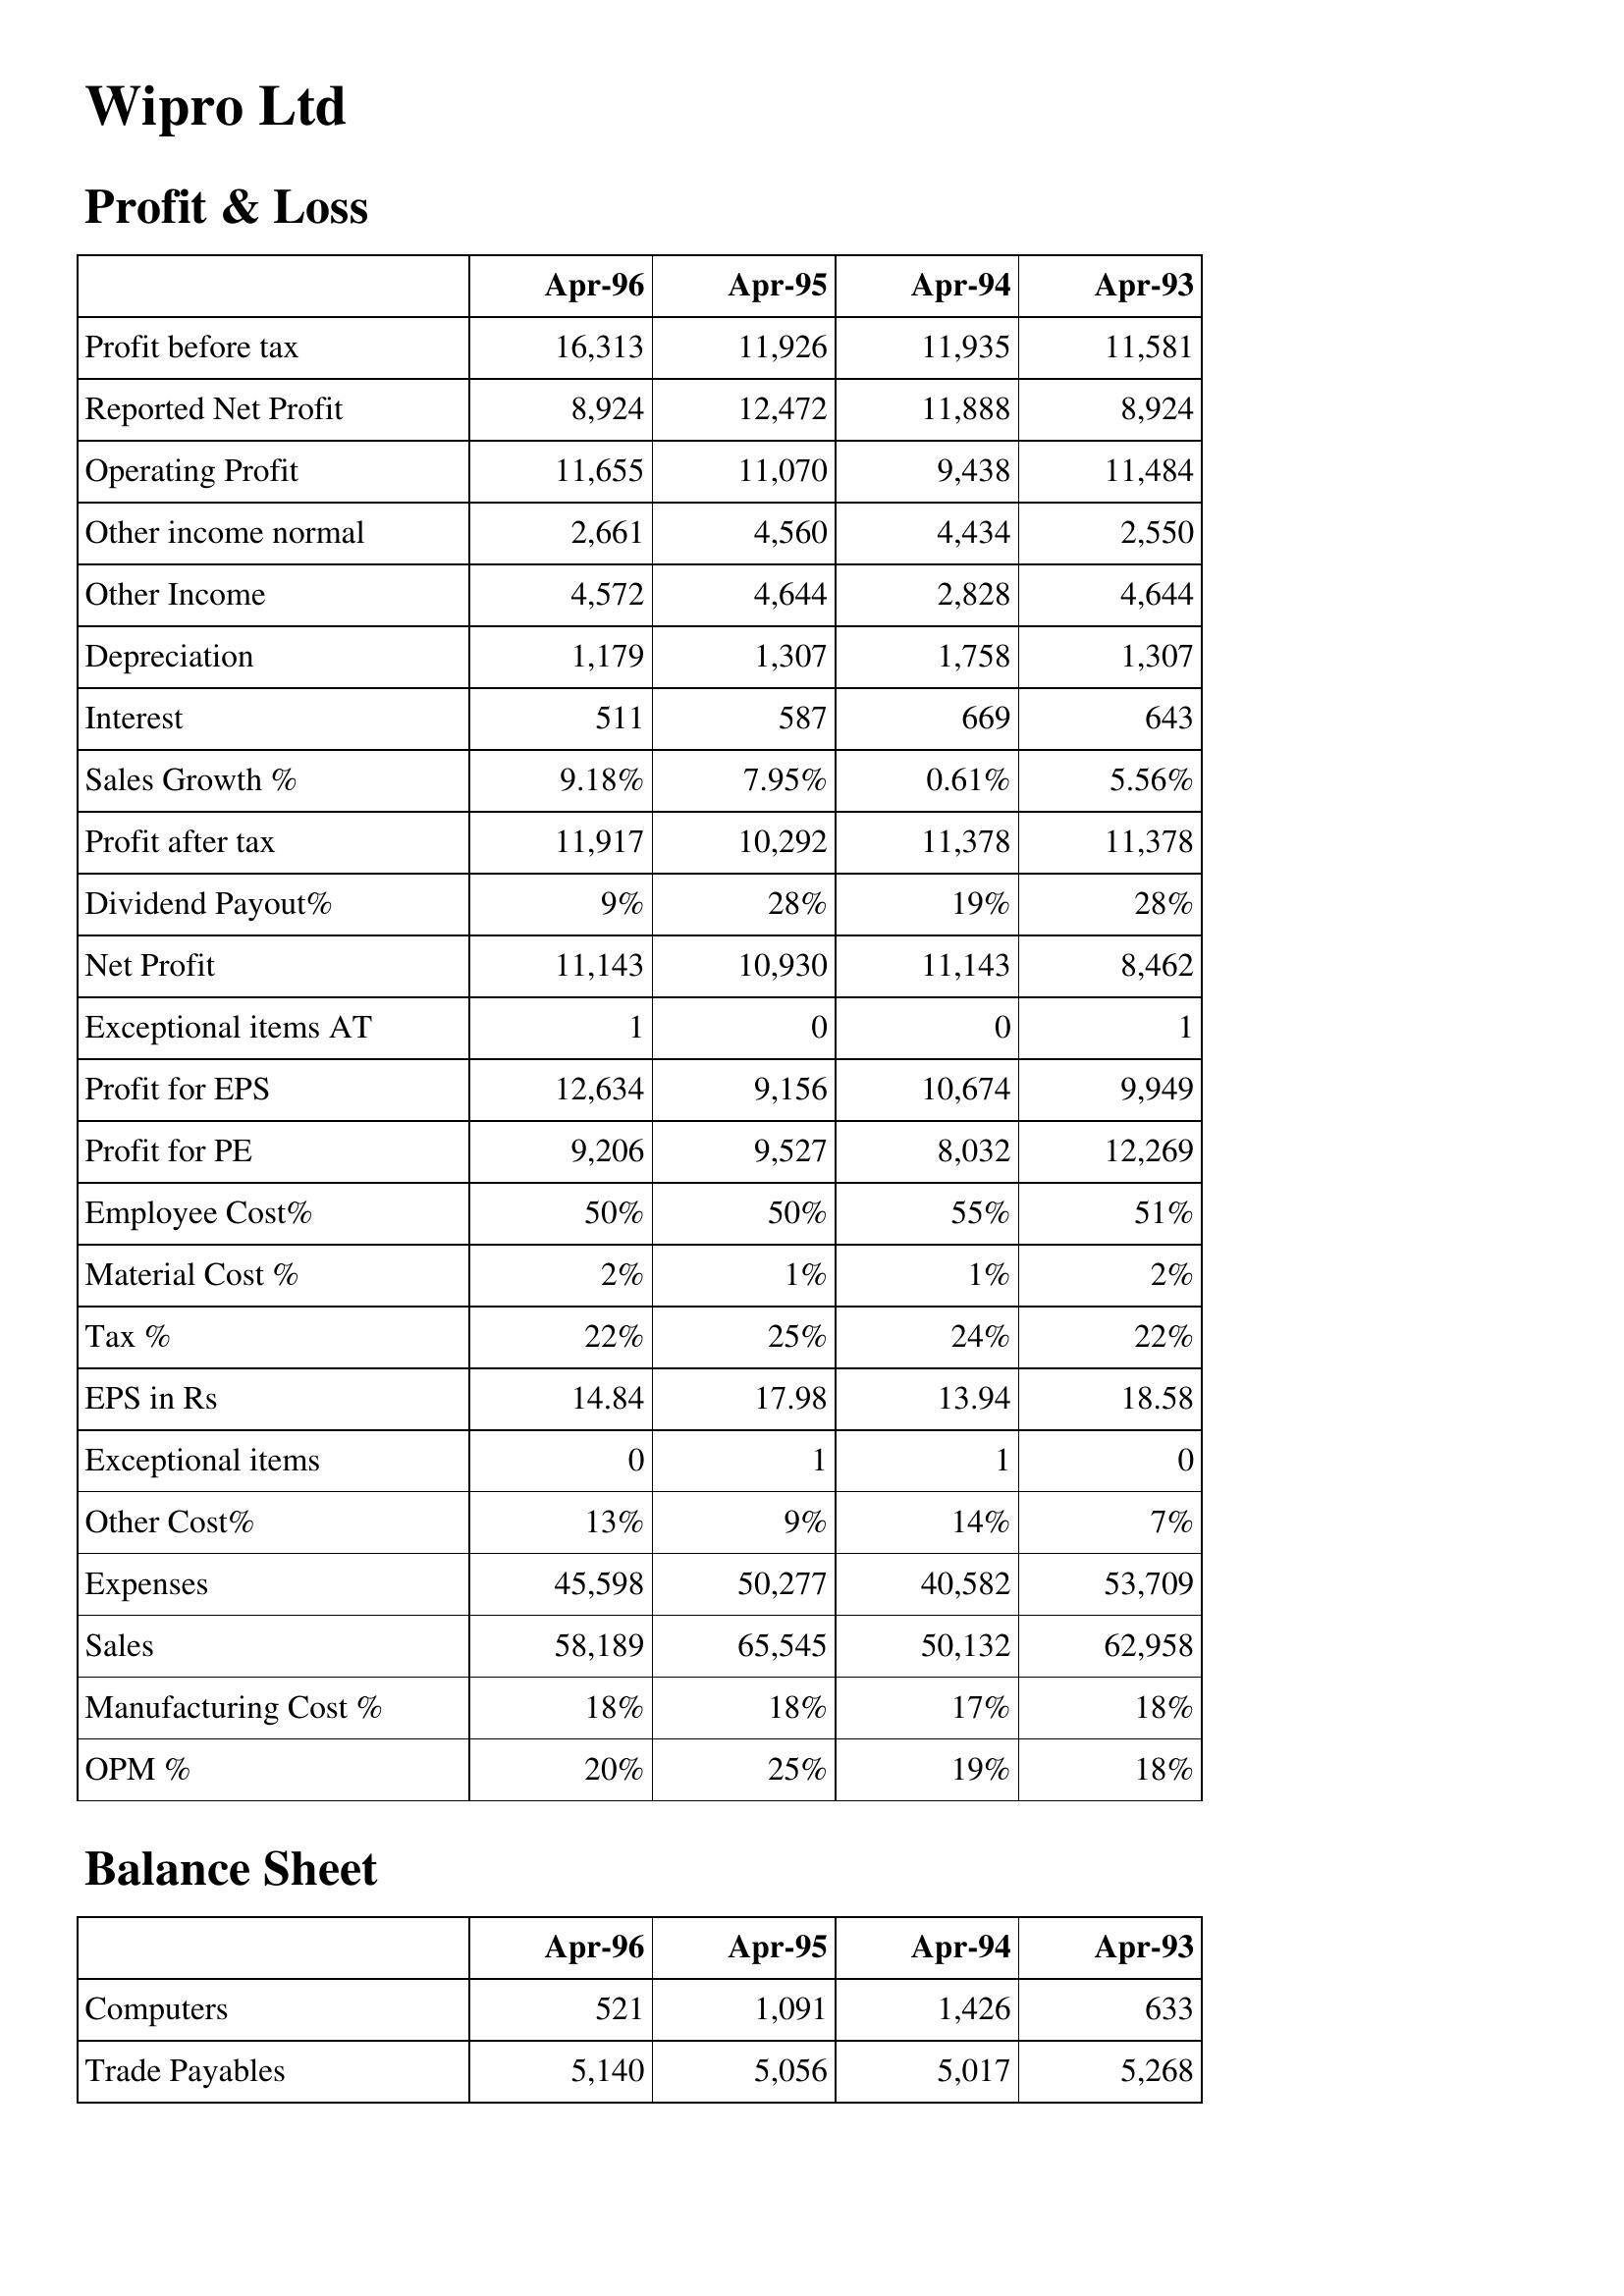
Apr-96: Profit & Loss: Profit before tax: 16,313
Reported Net Profit: 8,924
Operating Profit: 11,655
Other income normal: 2,661
Other Income: 4,572
Depreciation: 1,179
Interest: 511
Sales Growth %: 9.18%
Profit after tax: 11,917
Dividend Payout%: 9%
Net Profit: 11,143
Exceptional items AT: 1
Profit for EPS: 12,634
Profit for PE: 9,206
Employee Cost%: 50%
Material Cost %: 2%
Tax %: 22%
EPS in Rs: 14.84
Exceptional items: 0
Other Cost%: 13%
Expenses: 45,598
Sales: 58,189
Manufacturing Cost %: 18%
OPM %: 20%
Balance Sheet: Computers: 521
Trade Payables: 5,140
Apr-95: Profit & Loss: Profit before tax: 11,926
Reported Net Profit: 12,472
Operating Profit: 11,070
Other income normal: 4,560
Other Income: 4,644
Depreciation: 1,307
Interest: 587
Sales Growth %: 7.95%
Profit after tax: 10,292
Dividend Payout%: 28%
Net Profit: 10,930
Exceptional items AT: 0
Profit for EPS: 9,156
Profit for PE: 9,527
Employee Cost%: 50%
Material Cost %: 1%
Tax %: 25%
EPS in Rs: 17.98
Exceptional items: 1
Other Cost%: 9%
Expenses: 50,277
Sales: 65,545
Manufacturing Cost %: 18%
OPM %: 25%
Balance Sheet: Computers: 1,091
Trade Payables: 5,056
Apr-94: Profit & Loss: Profit before tax: 11,935
Reported Net Profit: 11,888
Operating Profit: 9,438
Other income normal: 4,434
Other Income: 2,828
Depreciation: 1,758
Interest: 669
Sales Growth %: 0.61%
Profit after tax: 11,378
Dividend Payout%: 19%
Net Profit: 11,143
Exceptional items AT: 0
Profit for EPS: 10,674
Profit for PE: 8,032
Employee Cost%: 55%
Material Cost %: 1%
Tax %: 24%
EPS in Rs: 13.94
Exceptional items: 1
Other Cost%: 14%
Expenses: 40,582
Sales: 50,132
Manufacturing Cost %: 17%
OPM %: 19%
Balance Sheet: Computers: 1,426
Trade Payables: 5,017
Apr-93: Profit & Loss: Profit before tax: 11,581
Reported Net Profit: 8,924
Operating Profit: 11,484
Other income normal: 2,550
Other Income: 4,644
Depreciation: 1,307
Interest: 643
Sales Growth %: 5.56%
Profit after tax: 11,378
Dividend Payout%: 28%
Net Profit: 8,462
Exceptional items AT: 1
Profit for EPS: 9,949
Profit for PE: 12,269
Employee Cost%: 51%
Material Cost %: 2%
Tax %: 22%
EPS in Rs: 18.58
Exceptional items: 0
Other Cost%: 7%
Expenses: 53,709
Sales: 62,958
Manufacturing Cost %: 18%
OPM %: 18%
Balance Sheet: Computers: 633
Trade Payables: 5,268